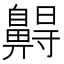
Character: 𪖭